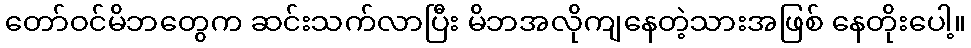
တော်ဝင်မိဘတွေက ဆင်းသက်လာပြီး မိဘအလိုကျနေတဲ့သားအဖြစ် နေတိုးပေါ့။